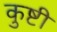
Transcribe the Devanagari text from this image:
कुष्टी